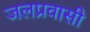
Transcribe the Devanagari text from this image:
जलप्रवासी